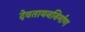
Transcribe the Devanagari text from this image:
देवतायननिर्माण